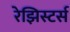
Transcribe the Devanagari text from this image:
रेझिस्टर्स